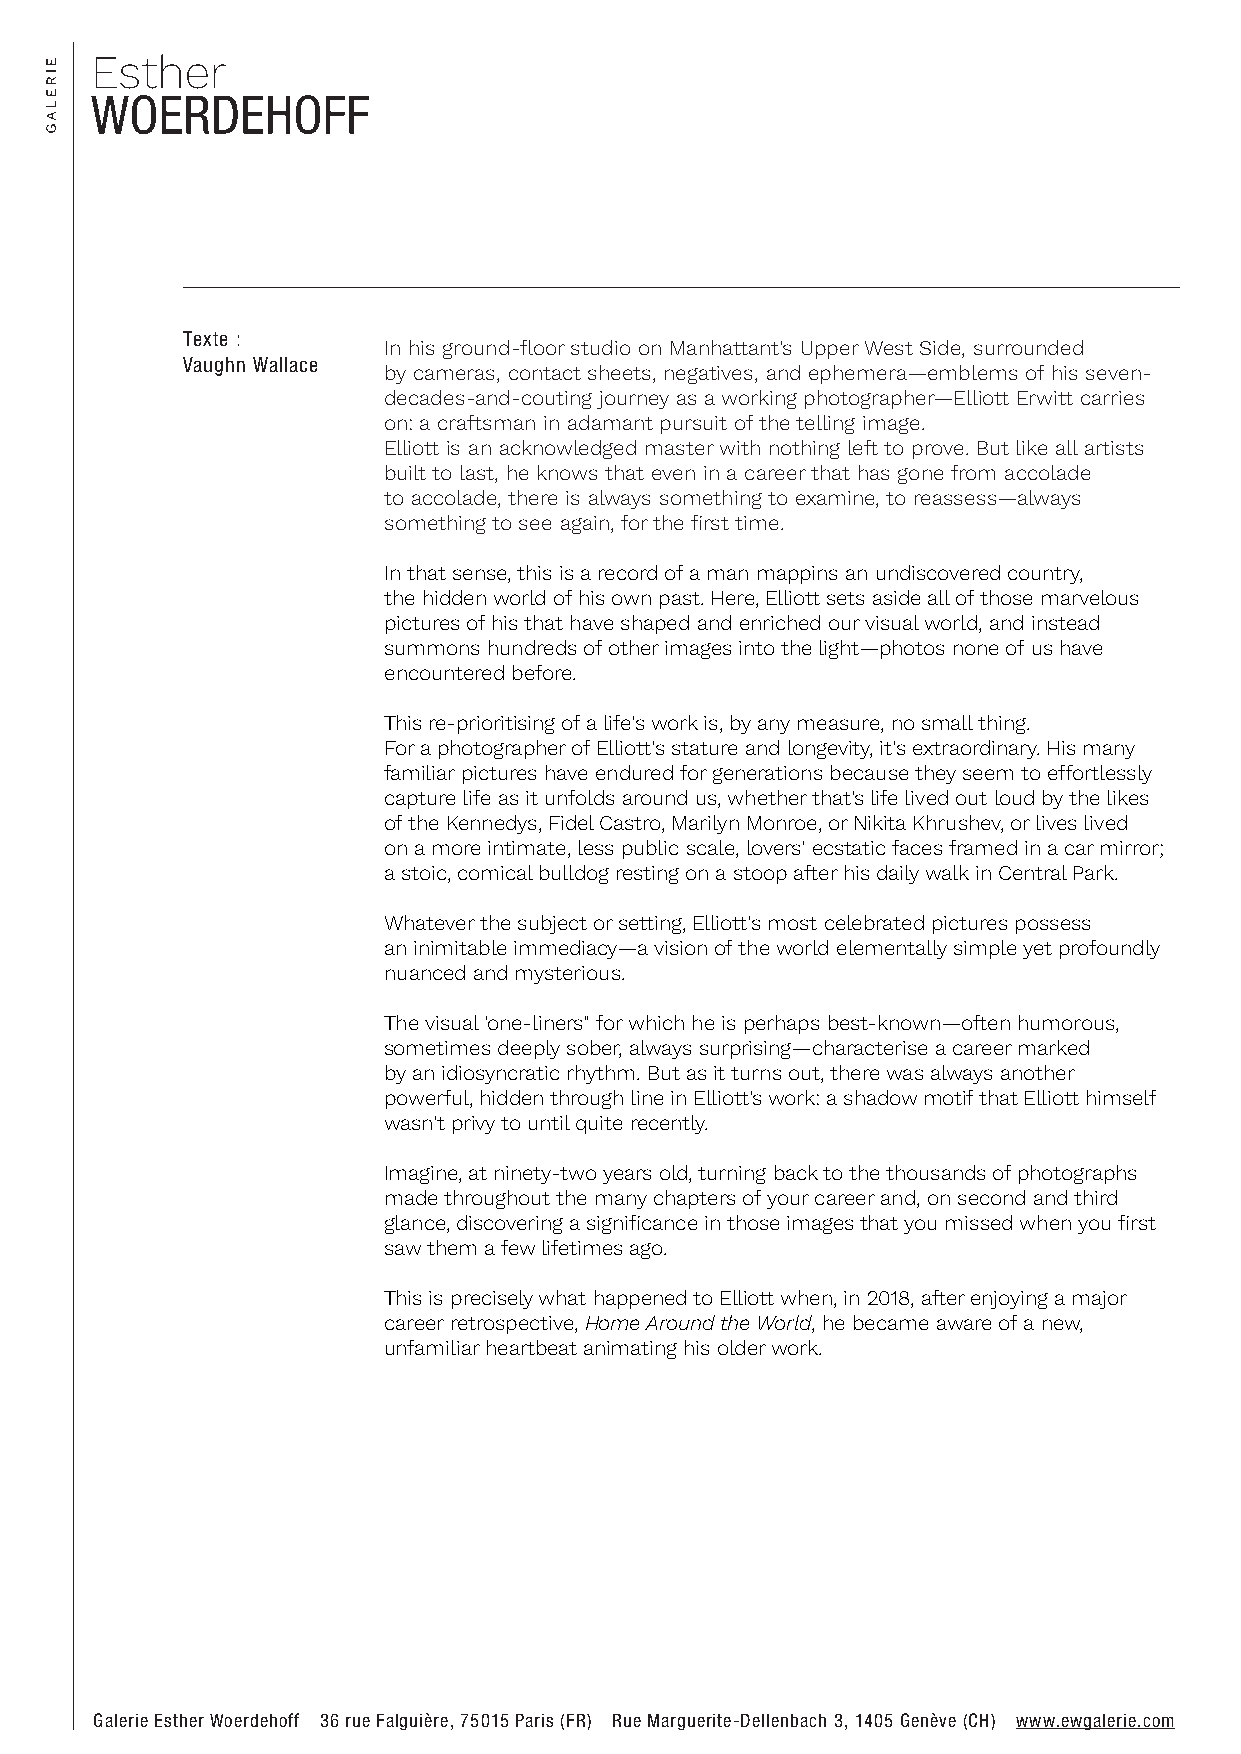
Texte :
 In his ground-floor studio on Manhattant's Upper West Side, surrounded
 Vaughn Wallace
 by cameras, contact sheets, negatives, and ephemera—emblems of his seven-
 decades-and-couting journey as a working photographer—Elliott Erwitt carries
 on: a craftsman in adamant pursuit of the telling image.
 Elliott is an acknowledged master with nothing left to prove. But like all artists
 built to last, he knows that even in a career that has gone from accolade
 to accolade, there is always something to examine, to reassess—always
 something to see again, for the first time.
 In that sense, this is a record of a man mappins an undiscovered country,
 the hidden world of his own past. Here, Elliott sets aside all of those marvelous
 pictures of his that have shaped and enriched our visual world, and instead
 summons hundreds of other images into the light—photos none of us have
 encountered before.
 This re-prioritising of a life's work is, by any measure, no small thing.
 For a photographer of Elliott's stature and longevity, it's extraordinary. His many
 familiar pictures have endured for generations because they seem to effortlessly
 capture life as it unfolds around us, whether that's life lived out loud by the likes
 of the Kennedys, Fidel Castro, Marilyn Monroe, or Nikita Khrushev, or lives lived
 on a more intimate, less public scale, lovers' ecstatic faces framed in a car mirror;
 a stoic, comical bulldog resting on a stoop after his daily walk in Central Park.
 Whatever the subject or setting, Elliott's most celebrated pictures possess
 an inimitable immediacy—a vision of the world elementally simple yet profoundly
 nuanced and mysterious.
 The visual 'one-liners" for which he is perhaps best-known—often humorous,
 sometimes deeply sober, always surprising—characterise a career marked
 by an idiosyncratic rhythm. But as it turns out, there was always another
 powerful, hidden through line in Elliott's work: a shadow motif that Elliott himself
 wasn't privy to until quite recently.
 Imagine, at ninety-two years old, turning back to the thousands of photographs
 made throughout the many chapters of your career and, on second and third
 glance, discovering a significance in those images that you missed when you first
 saw them a few lifetimes ago.
 This is precisely what happened to Elliott when, in 2018, after enjoying a major
 career retrospective, Home Around the World, he became aware of a new,
 unfamiliar heartbeat animating his older work.
 Galerie Esther Woerdehoff 36 rue Falguière, 75015 Paris (FR) Rue Marguerite-Dellenbach 3, 1405 Genève (CH) www.ewgalerie.com